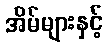
အိမ်များနှင့်